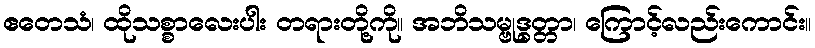
ဧတေသံ၊ ထိုသစ္စာလေးပါး တရားတို့ကို။ အဘိသမ္ဗုဒ္ဓတ္တာ၊ ကြောင့်လည်းကောင်း။